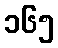
၁၆၅